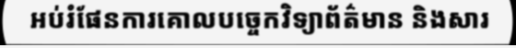
អប់រំផែនការគោលបច្ចេកវិទ្យាព័ត៌មាន និងសារ